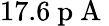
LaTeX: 17.6\mathrm{~p~A~}